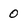
Character: 0